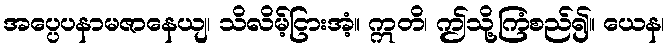
အပ္ပေပနာမဇာနေယျ၊ သိလိမ့်ငြားအံ့။ ဣတိ၊ ဤသို့ကြံစည်၍။ ယေန၊